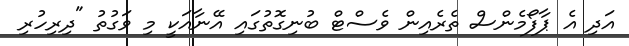
އަދި އެ ޕާފޯމެންސް ތެރެއިން ވެސްޓް ބުނިގޮތުގައި އޭނާއަކީ މި ވަގުތު "ދިރިހުރި